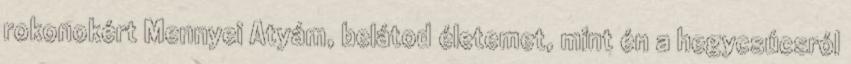
rokonokért Mennyei Atyám, belátod életemet, mint én a hegycsúcsról